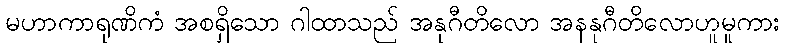
မဟာကာရုဏိကံ အစရှိသော ဂါထာသည် အနုဂီတိလော အနနုဂီတိလောဟူမူကား